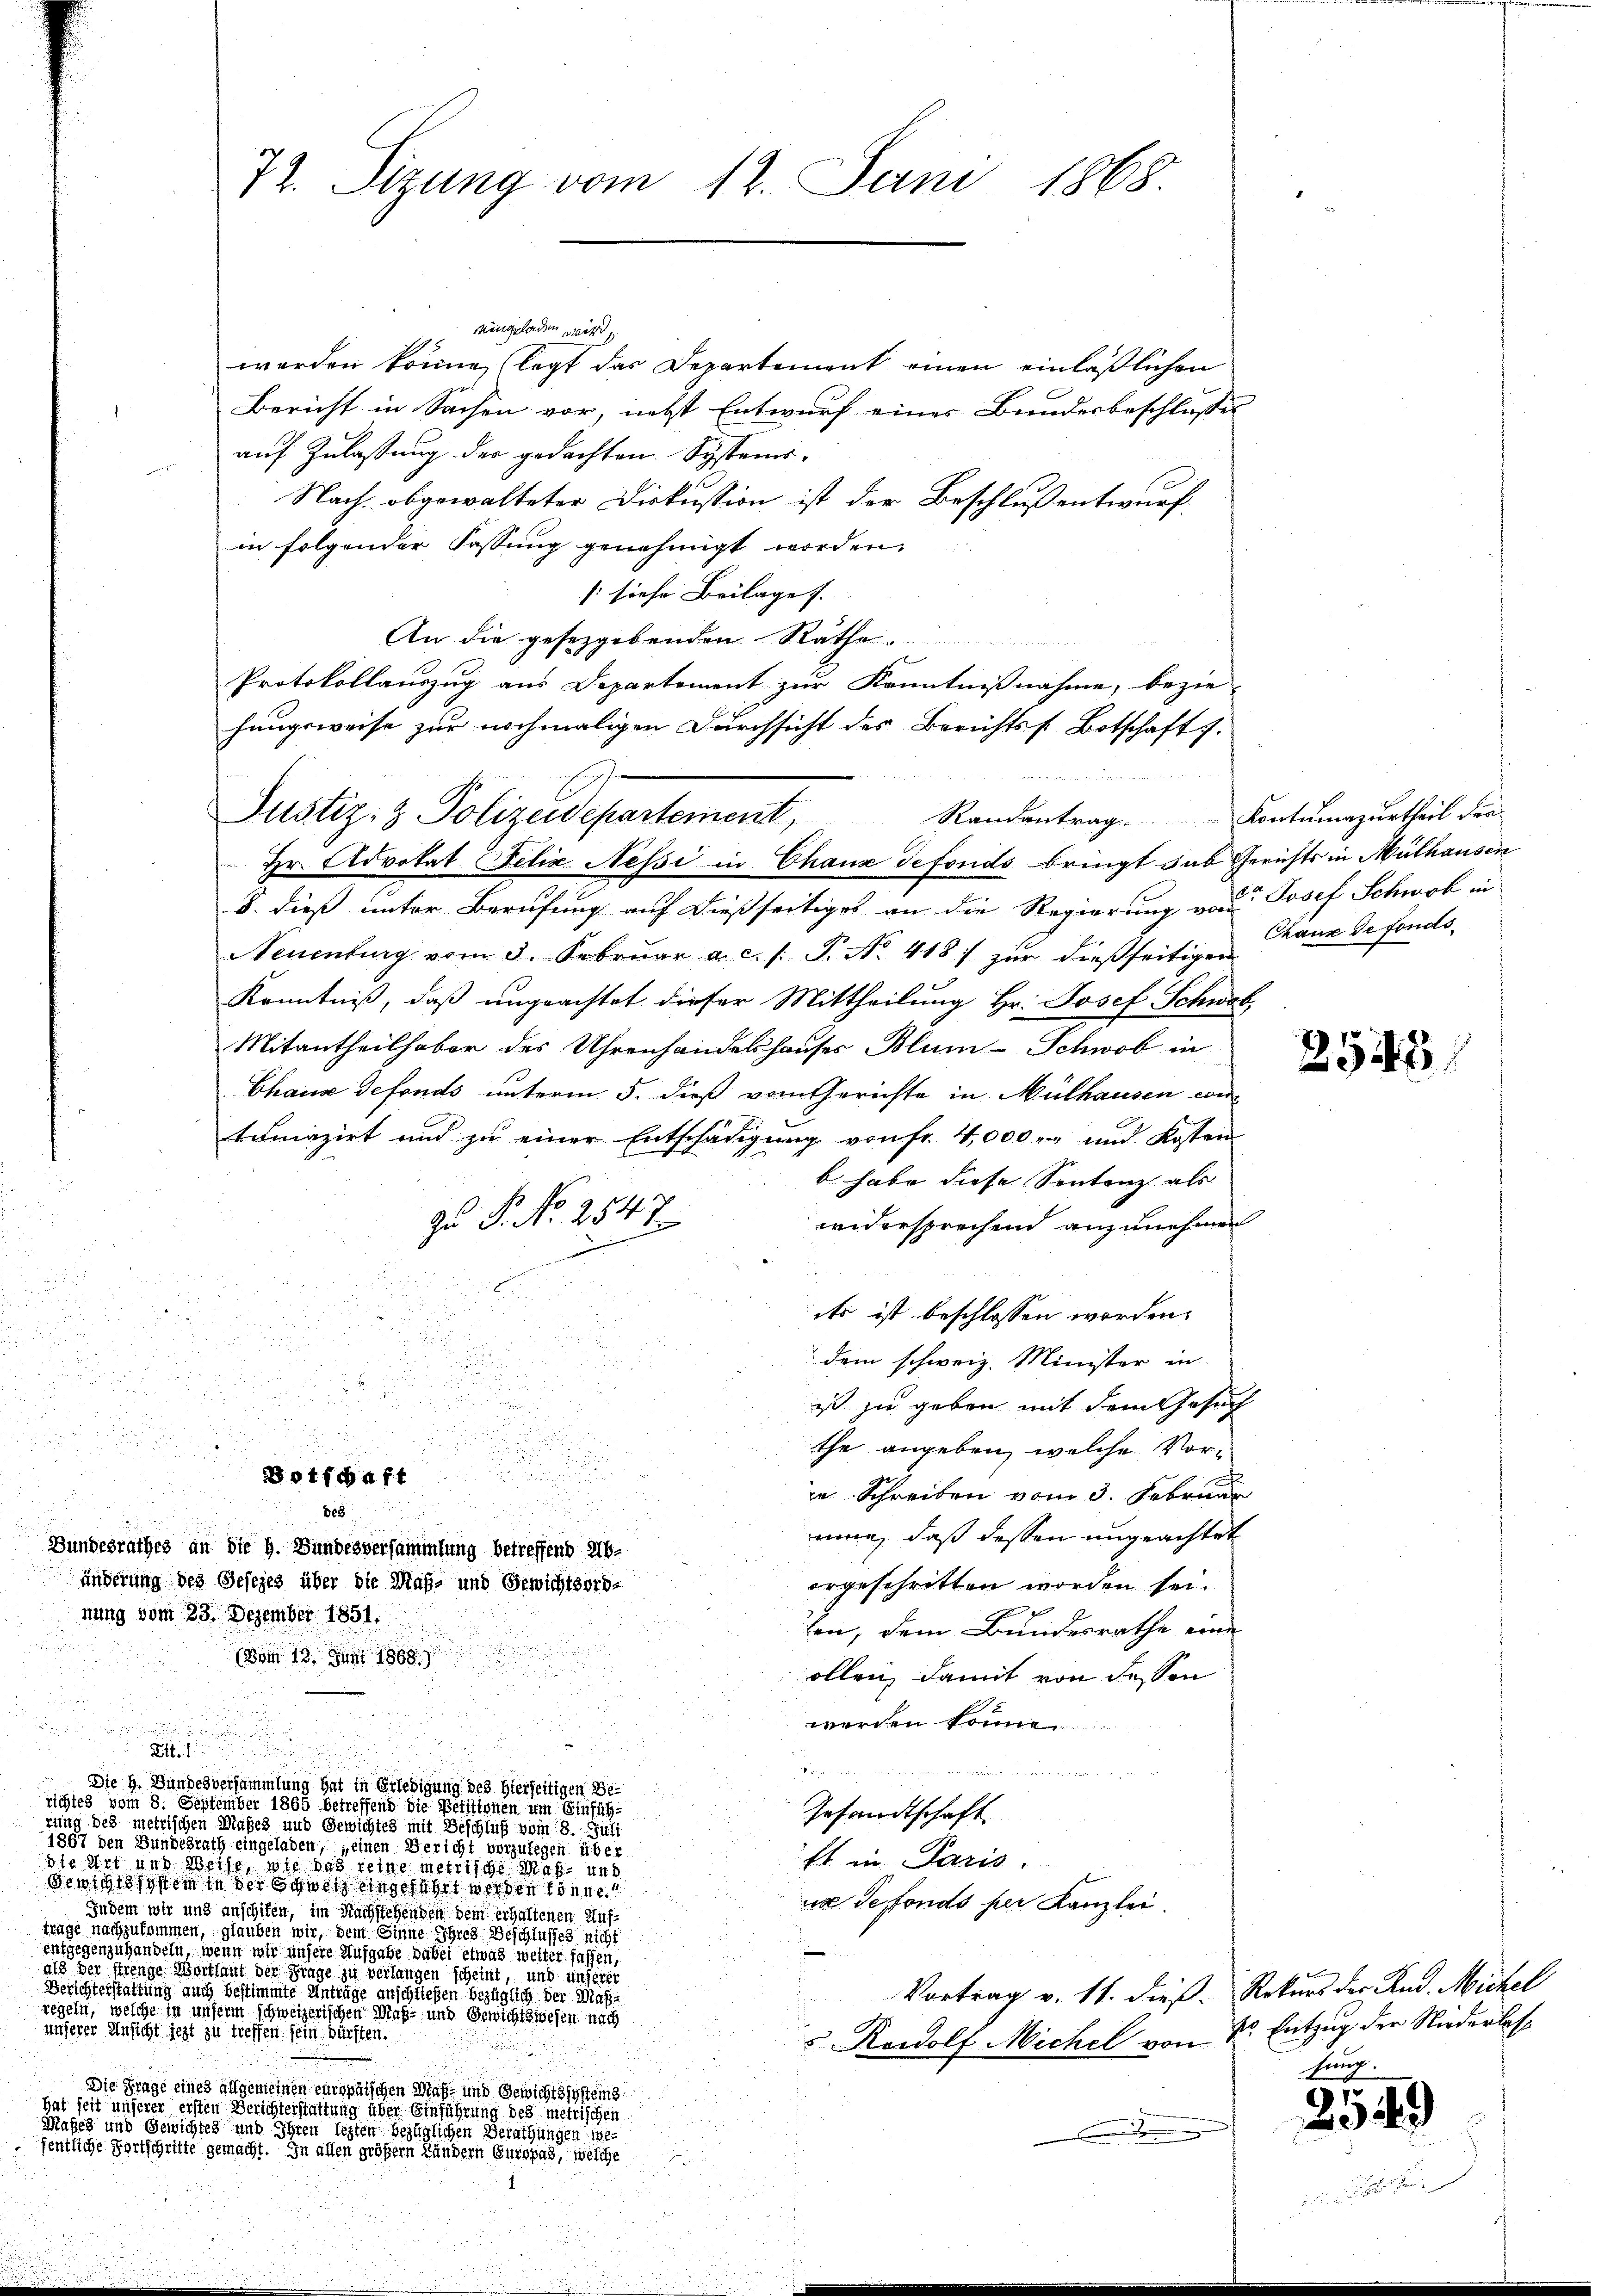
72. Ittung vom 12. Juni 1868.

eingeladen wird
worden könne, legt das Departement einen einläßlichen
Bericht in Sachen vor, nebst Entwurf eines Bundesbeschlusses
auf Zulassung des gedachten Systems-
Nach- obgewalteter Diskussion ist der Beschlussentwurf
in folgender Fassung genehmigt worden.
/ siehe Beilages. |
An die gesezgebenden Rathe
Protokollauszug aus Departement zur Kenntnißnahme, bezie-
 Hr. Advokat Felix Nessi in Chaux defonds bringt das Gerichts in Mülhausen
8. dieß unter Berufung auf dießseitiges an die Regierung von Josef Schwol in
Neuenburg vom 3. Febrŭar a. c. s. S. No. 418) zur dießseitigen
Kenntniß, daß ungeachtet dieser Mittheilung Hr. Josef Schwar
Mitantheilhaber des Uhrenhandelshauses Blum-Schwob in
Chaux defonds unterm 5. daß vom Gerichte in Mülhausen wi
trmazirt und zu einer Entschädigung von fr. 4000. und Kosten
b habe diese Sontanz als
9
Zu P. Nr. 2543
1
widersprechend anzunehmen
d
Es ist beschlossen worden.
dem schweiz. Minister in
.
ist zu geben mit dem Gesuch
.
d
the angeben, welche Vor¬
.

.
Bothbart
in Schreiben vom 3. Februar

de8
mine, daß dessen ungeachtet
Bundesrathes an die h. Bundesversammlung betreffend ab-
änderung des Gesezes über die Maß- und Gewichtsord-
orgeschritten worden sei.
nung vom 23. Dezember 1851.
ten, dem Bundesrathe eine
(vom 13. Juni 1868.
ollen, damit von dessen
werden könne
B
   e   denen ein eine
Die h. Bundesversammlung hat in Erledigung des hierseitigen Be-
richtes vom 8. September 1868 betreffend die Petitionen um Einfüh¬
Gesandtschaft.
rung des metrischen Maßes und Gewichtes mit Beschluß vom
1859 den Bundesrath eingeladen, seinen Bericht vorzulegen über
st in Paris.

desigen nit angehabt werden könne
us Seffonds per Kanzlei.
Indem wir und anschiten, im Nachstehenden dem erhaltenen Aufwage nachzukommen, glauben wir, dem Sinne ihres Beschlusses nicht
entgegenzuhandeln, wenn wir unsere Aufgabe dabei etwas weiter fassen,
aus der Finge Mariant der Frage zu verlangen scheint, und unseret
Berichterstattung auch bestimmte Antrage anschließen bezüglich der Maß¬
Vortrag v. 11. dieß. Rekurs der Rud. Michel
regeln, welche in unserm schweizerischen Maß- und Gewichtswesen nach
unserer Anstige jezt zu treffen seinen dürften.
 Rowolf Michel von Sr. Entzug der Niederlas¬
Die Frage eines allgemeinen europäischen Maß- und Gewichtssystems
hat seit unserer ersten Gericht es sie es sei eine eine eine einen die es metrischen
Mäßig und Gewichtes und ihren legten bezüglichen Berathungen se
fentliche Fortschritte gemacht. In allen größern Ländern Europas, welche

hungsweise zur nochmaligen Durchsicht des Berichtss. Botschaft .
Justiz- & Polizeidepartement,

Randantrag Kontumazurtheil der

Chaux de fonds¬

2548

hung.

254.